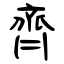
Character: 齊